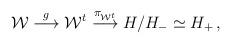
\begin{align*}{\cal W}\stackrel{g}{\longrightarrow}{\cal W}^t\stackrel{\pi_{{\cal W}^t}}{\longrightarrow}H/H_-\simeq H_+\,,\end{align*}